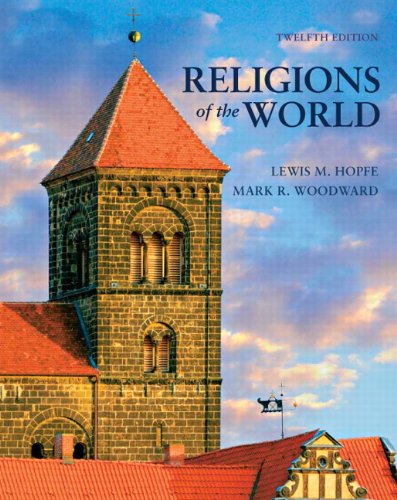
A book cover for Religions of the World (12th Edition); Lewis M. Hopfe; Religion & Spirituality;